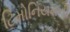
ટિમોનિયમની